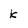
Character: k